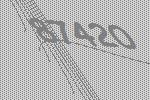
87420